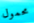
محمول